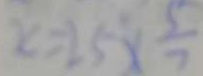
x = 2 5 x \frac { 5 } { 7 }